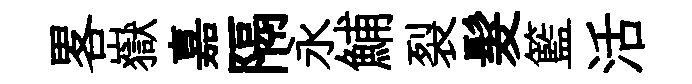
畧嶽嘉隔永鯆裂髮籃活